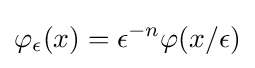
\varphi _{\epsilon }(x)=\epsilon ^{-n}\varphi (x/\epsilon )